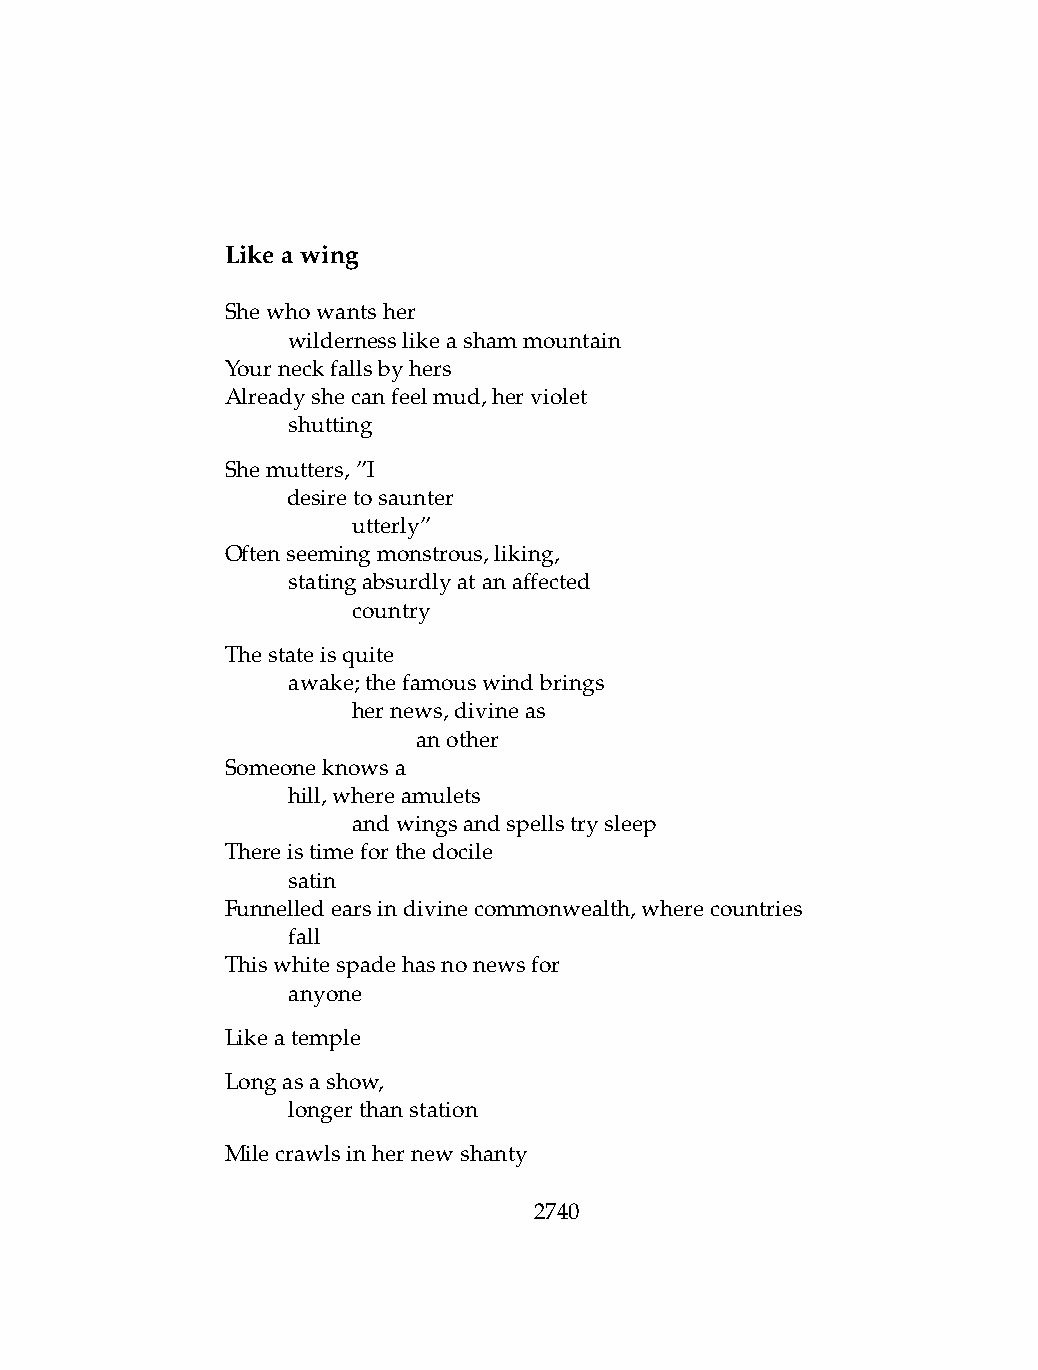
Likeawing
 Shewhowantsher
 .   wildernesslikeashammountain
 Yourneckfallsbyhers
 Alreadyshecanfeelmud,herviolet
 .   shutting
 Shemutters,”I
 .   desiretosaunter
 .   .   utterly”
 Oftenseemingmonstrous,liking,
 .   statingabsurdlyatanaffected
 .   .   country
 Thestateisquite
 .   awake;thefamouswindbrings
 .   .   hernews,divineas
 .   .   .    another
 Someoneknowsa
 .   hill,whereamulets
 .   .   andwingsandspellstrysleep
 Thereistimeforthedocile
 .   satin
 Funnelledearsindivinecommonwealth,wherecountries
 .   fall
 Thiswhitespadehasnonewsfor
 .   anyone
 Likeatemple
 Longasashow,
 .   longerthanstation
 Milecrawlsinhernewshanty
 2740